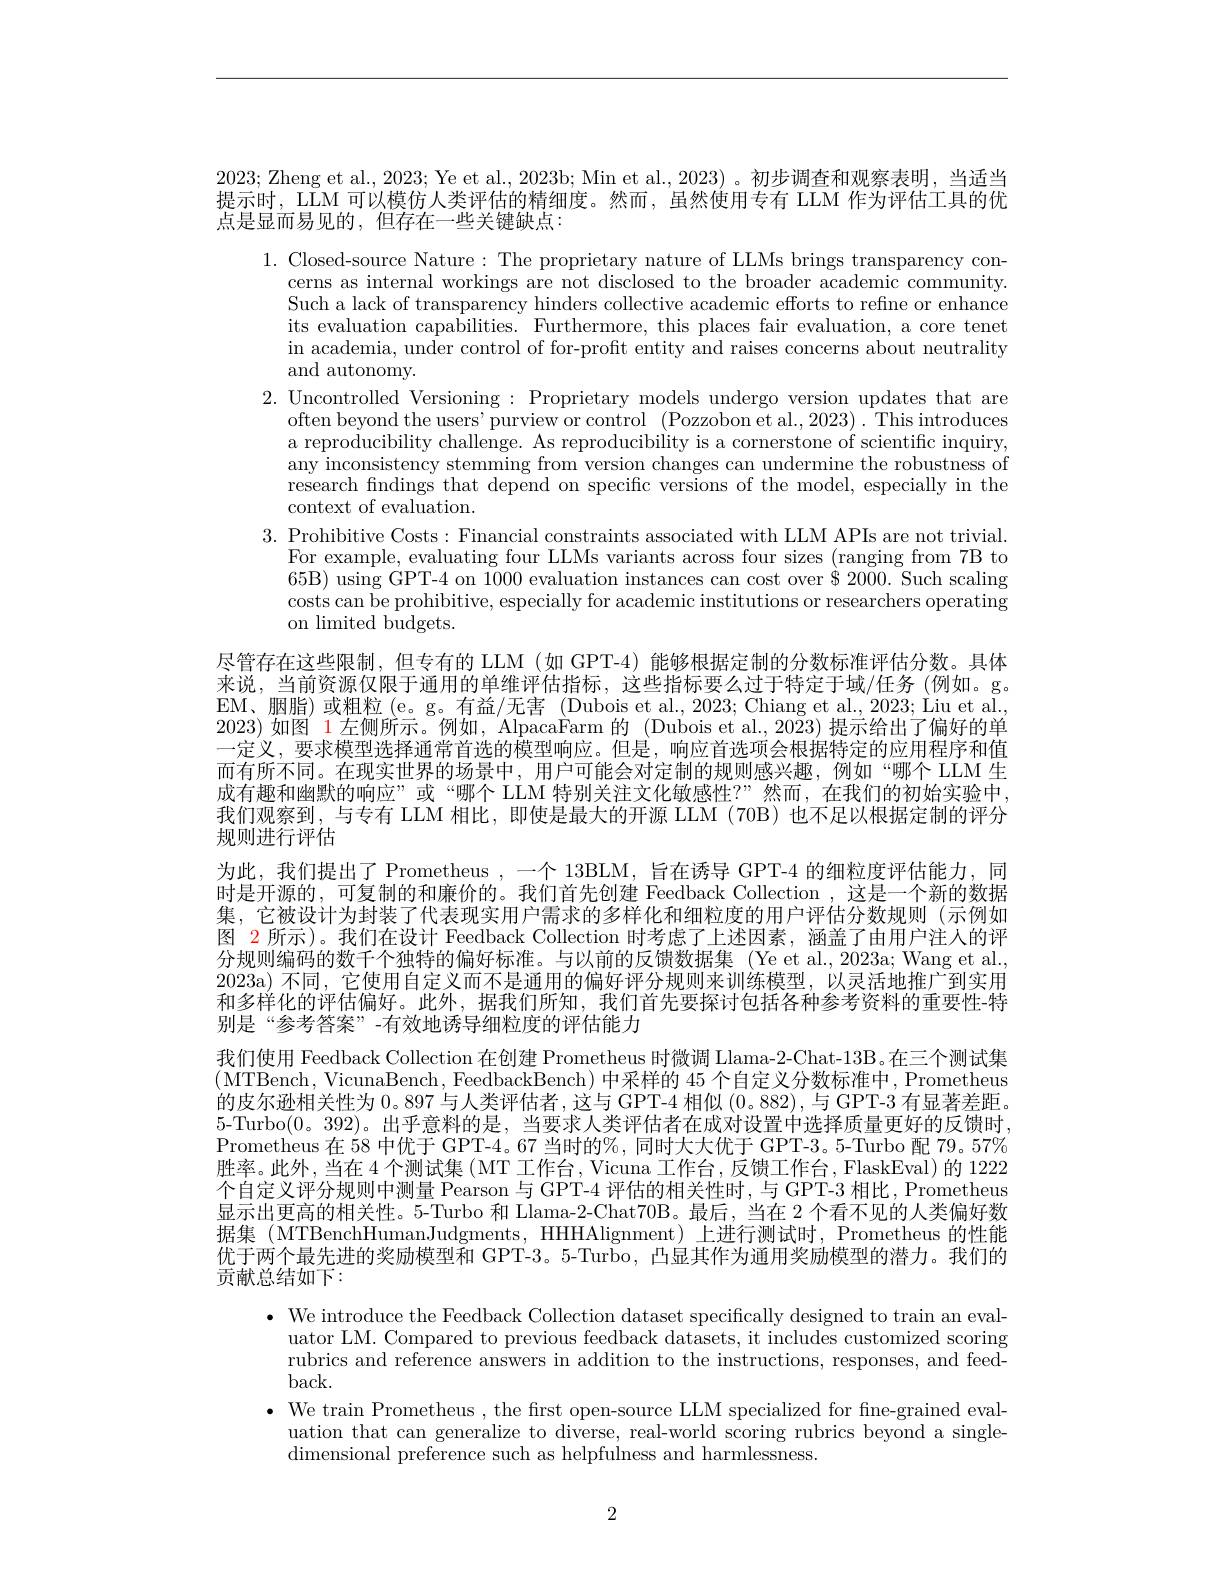
2023; Zheng et al., 2023; Ye et al., 2023b; Min et al., 2023) 。初步调查和观察表明，当适当提示时，LLM 可以模仿人类评估的精细度。然而，虽然使用专有 LLM 作为评估工具的优点是显而易见的，但存在一些关键缺点：

1. Closed-source Nature: The proprietary nature of LLMs brings transparency con-
cerns as internal workings are not disclosed to the broader academic community. Such a lack of transparency hinders collective academic efforts to refne or enhance its evaluation capabilities. Furthermore, this places fair evaluation, a core tenet in academia, under control of for-profit entity and raises concerns about neutrality and autonomy.
2. Uncontrolled Versioning: Proprietary models undergo version updates that are
often beyond the users' purview or control (Pozzobon et al.,2023) . This introduces a reproducibility challenge. As reproducibility is a cornerstone of scientific inquiry, any inconsistency stemming from version changes can undermine the robustness of research findings that depend on specific versions of the model, especially in the context of evaluation.
3. Prohibitive Costs: Financial constraints associated with LLM APIs are not trivial.
For example, evaluating four LLMs variants across four sizes (ranging from 7B to 65B) using GPT-4 on 1000 evaluation instances can cost over $\dot{\$}$ 2000. Such scaling costs can be prohibitive, especially for academic institutions or researchers operating on limited budgets.
尽管存在这些限制，但专有的 LLM(如 GPT-4)能够根据定制的分数标准评估分数。具体来说，当前资源仅限于通用的单维评估指标，这些指标要么过于特定于域/任务(例如。g。EM、胭脂)或粗粒(e。g。有益/无害(Dubois et al., 2023; Chiang et al., 2023; Liu et al., 2023)如图$\color{red}{1\text{左侧所示。例如，AlpacaFarm 的 (Dubois et al., 2023) 提示给出了偏好的单}}$ 一定义，要求模型选择通常首选的模型响应。但是，响应首选项会根据特定的应用程序和值而有所不同。在现实世界的场景中，用户可能会对定制的规则感兴趣，例如“哪个 LLM 生成有趣和幽默的响应”或“哪个 LLM 特别关注文化敏感性？”然而，在我们的初始实验中， 我们观察到，与专有 LLM 相比，即使是最大的开源 LLM (70B) 也不足以根据定制的评分规则进行评估
为此，我们提出了 Prometheus ,一个 13BLM, 旨在诱导 GPT-4 的细粒度评估能力，同时是开源的，可复制的和廉价的。我们首先创建 Feedback Collection ,这是一个新的数据集，它被设计为封装了代表现实用户需求的多样化和细粒度的用户评估分数规则(示例如图 2 所示)。我们在设计 Feedback Collection 时考虑了上述因素，涵盖了由用户注人的评分规则编码的数千个独特的偏好标准。与以前的反馈数据集 (Ye et al.,2023a; Wang et al., 2023a)不同，它使用自定义而不是通用的偏好评分规则来训练模型，以灵活地推广到实用和多样化的评估偏好。此外，据我们所知，我们首先要探讨包括各种参考资料的重要性-特别是“参考答案”-有效地诱导细粒度的评估能力
我们使用 Feedback Collection 在创建 Prometheus 时微调 Llama-2-Chat-13B。在三个测试集(MTBench, VicunaBench, FeedbackBench) 中采样的 45 个自定义分数标准中，Prometheus 的皮尔逊相关性为0。897 与人类评估者，这与 GPT-4 相似(0。882) ,与 GPT-3 有显著差距。5-Turbo(0。392)。出乎意料的是，当要求人类评估者在成对设置中选择质量更好的反馈时， Prometheus 在 58 中优于 GPT-4。67 当时的%, 同时大大优于 GPT-3。5-Turbo 配 79。57% 胜率。此外，当在 4 个测试集 ( MT 工作台，Vicuna 工作台，反馈工作台，FlaskEval) 的 1222个自定义评分规则中测量 Pearson 与 GPT-4 评估的相关性时，与 GPT-3 相比，Prometheus 显示出更高的相关性。5-Turbo 和 Llama-2-Chat70B。最后，当在 2 个看不见的人类偏好数据集 (MTBenchHumanJudgments, HHHAlignment) 上进行测试时，Prometheus 的性能优于两个最先进的奖励模型和 GPT-3。5-Turbo, 凸显其作为通用奖励模型的潜力。我们的贡献总结如下：
$\bullet$ We introduce the Feedback Collection dataset specifically designed to train an eval-
uator LM. Compared to previous feedback datasets, it includes customized scoring rubrics and reference answers in addition to the instructions, responses, and feed-

$back.$
$\bullet$ We train Prometheus , the first open-source LLM specialized for fine-grained eval-
uation that can generalize to diverse, real-world scoring rubrics beyond a single-
dimensional preference such as helpfulness and harmlessness.

2